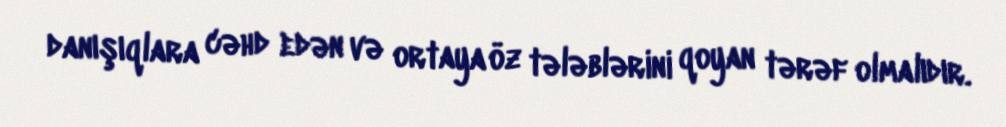
danışıqlara cəhd edən və ortaya öz tələblərini qoyan tərəf olmalıdır.